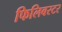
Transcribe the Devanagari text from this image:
फिलिबस्टर